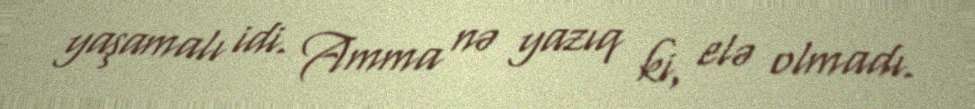
yaşamalı idi. Amma nə yazıq ki, elə olmadı.